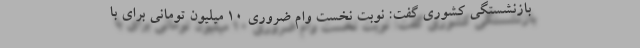
بازنشستگی کشوری گفت: نوبت نخست وام ضروری ۱۰ میلیون تومانی برای با